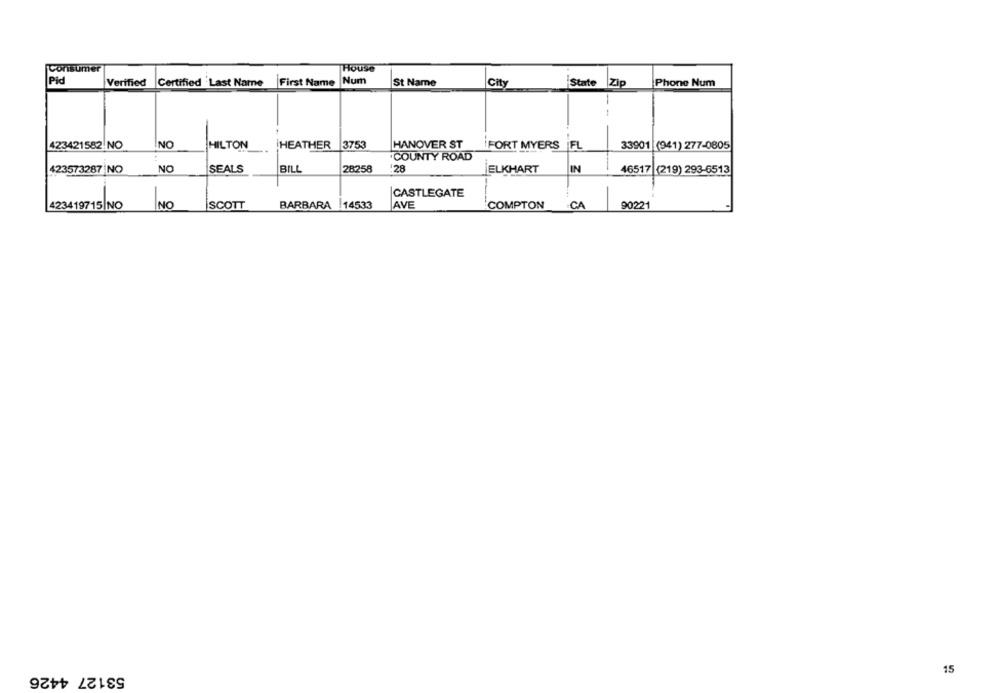
Consumer
House
Pid
Verified Certified .Last Name
First Name
Num
St Name
City
Phone Num
State 2
423421582 NO
NO
HILTON
HEATHER
3753
HANOVER ST
FORT MYERS |FL
33901 (941) 277-0805
COUNTY ROAD
423573287 |NO
NO
SEALS
BILL
28258
:28
ELKHART
IN
46517 (219) 293-6513
CASTLEGATE
423419715|NO
NO
SCOTT
BARBARA 14533
JAVE
COMPTON
CA
90221
53127 4426
15